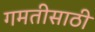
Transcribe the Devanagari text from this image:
गमतीसाठी